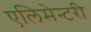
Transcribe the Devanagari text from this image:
एलिमेन्टरी